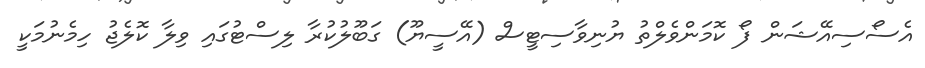
އެސޯސިއޭޝަން ފޯ ކޮމަންވެލްތު ޔުނިވާސިޓީސް (އޭސީޔޫ) ގަބޫލުކުރާ ލިސްޓުގައި ވިލާ ކޮލެޖު ހިމެނުމަކީ